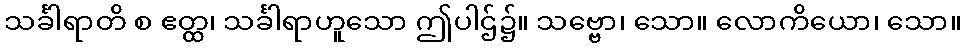
သင်္ခါရာတိ စ ဧတ္ထ၊ သင်္ခါရာဟူသော ဤပါဌ်၌။ သဗ္ဗော၊ သော။ လောကိယော၊ သော။